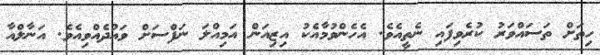
ހިތަށް ތަސައްވަރު ކުރެވިފައި ނެތީއެވެ. އެހެންވުމާއެކު އިޒިއަން އަމިއްލަ ނަފްސަށް ވައުދެއްވިއެވެ. އަނާލްއާ